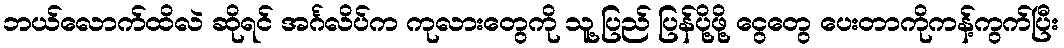
ဘယ်လောက်ထိလဲ ဆိုရင် အင်္ဂလိပ်က ကုလားတွေကို သူ့ပြည် ပြန်ပို့ဖို့ ငွေတွေ ပေးတာကိုကန့်ကွက်ပြီး